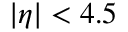
| \eta | < 4 . 5